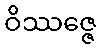
ဝိဿဇ္ဇေ